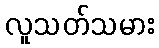
လူသတ်သမား